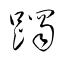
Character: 躅